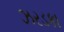
ઝરડકા